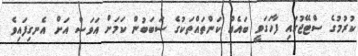
ކުރުމުގެ ސްޓޭޖުގައި ފާހަގަވީ ބައެއް ކަންތައްތަކުގެ ސަބަބުން ކަމަށް އަވަސް އަށް އެނގިފައިވެ